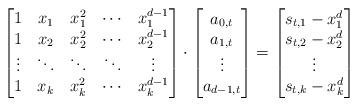
LaTeX: \begin{align*}\begin{bmatrix}1 & x_1 & x_1^2 & \cdots & x_1^{d-1}\\1 & x_2 & x_2^2 & \cdots & x_2^{d-1}\\\vdots & \ddots & \ddots & \ddots & \vdots\\1 & x_k & x_k^2 & \cdots & x_k^{d-1}\end{bmatrix}\cdot\begin{bmatrix}a_{0,t}\\ a_{1,t} \\ \vdots \\ a_{d-1,t}\end{bmatrix}=\begin{bmatrix}s_{t,1}-x_1^d\\ s_{t,2}-x_2^d \\ \vdots \\ s_{t,k}-x_k^d\end{bmatrix}\end{align*}